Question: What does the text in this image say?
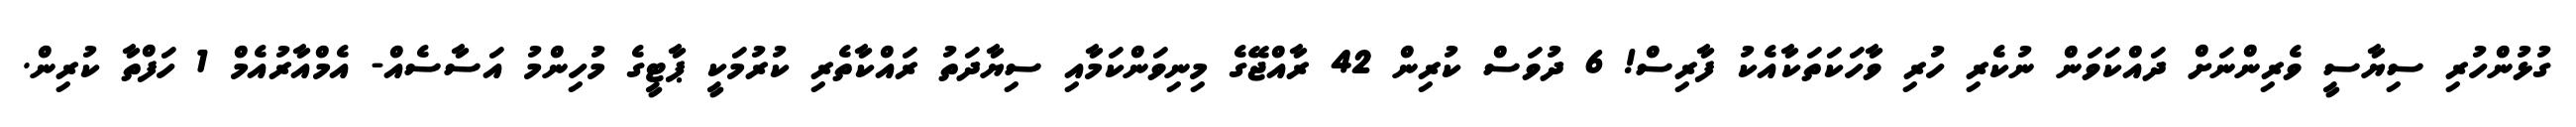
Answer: ގުޅުންހުރި ސިޔާސީ ވެރިންނަށް ދައްކަވަން ނުކެރި ހުރި ވާހަކަތަކާއެކު ފާރިސް! 6 ދުވަސް ކުރިން 42 ރާއްޖޭގެ މިނިވަންކަމާއި ސިޔާދަތު ރައްކާތެރި ކުރުމަކީ ޕާޓީގެ މުހިންމު އަސާސެއް- އެމްއާރުއެމް 1 ހަފްތާ ކުރިން.